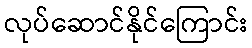
လုပ်ဆောင်နိုင်ကြောင်း